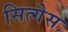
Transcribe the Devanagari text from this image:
सित्गेस